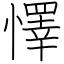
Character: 懌